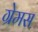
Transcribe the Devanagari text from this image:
ग्रेमस